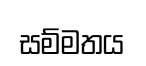
සම්මතය